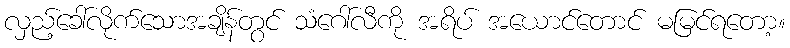
လှည့်ခေါ်လိုက်သောအချိန်တွင် သံဂေါ်လီကို အရိပ် အယောင်တောင် မမြင်ရတော့။